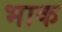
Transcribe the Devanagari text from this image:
भाक